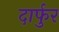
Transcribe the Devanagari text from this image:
दार्फुर